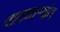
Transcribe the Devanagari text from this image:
वाढणार्‍यांत